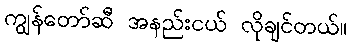
ကျွန်တော်ဆီ အနည်းငယ် လိုချင်တယ်။